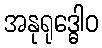
အနုရုဒ္ဓေါဝ